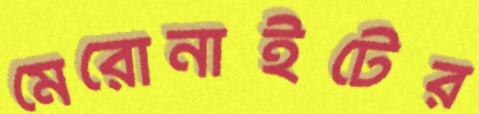
মেরোনাইটের